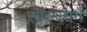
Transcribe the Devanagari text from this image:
साइनमने